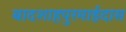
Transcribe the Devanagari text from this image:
बादशाहपुरमाईदास